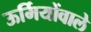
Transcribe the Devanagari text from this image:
ऊर्मियोंवाले